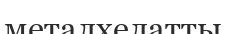
металхелатты